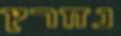
נחרץ